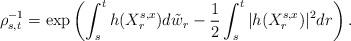
LaTeX: \begin{align*}\rho^{-1}_{s,t}=\exp\left(\int_s^t h(X^{s,x}_r)d\tilde w_r - \frac12 \int_s^t |h(X^{s,x}_r)|^2 dr\right). \end{align*}